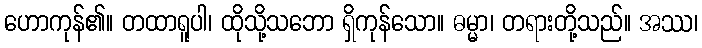
ဟောကုန်၏။ တထာရူပါ၊ ထိုသို့သဘော ရှိကုန်သော။ ဓမ္မာ၊ တရားတို့သည်။ အဿ၊